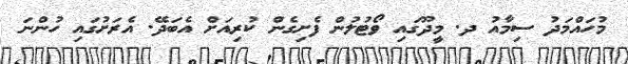
މުހައްމަދު ސިމާއު ދ. މީދޫގައި ވޯޓުލުން ފެށިގެން ކުރިއަށް އެބަދޭ. އެރަށުގައި ހުންނަ